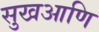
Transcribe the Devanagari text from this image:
सुखआणि